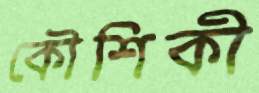
কৌশিকী